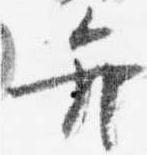
弁